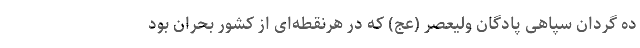
ده گردان‌ سپاهی پادگان ولیعصر (عج) که در هرنقطه‌ای از کشور بحران بود